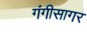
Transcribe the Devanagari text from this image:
गंगीसागर